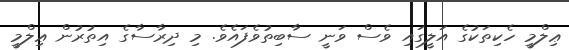
ޢިލްމީ ހެކިތަކުގެ އަލީގައި ވެސް ވަނީ ސާބިތުވެފައެވެ. މި ދިރާސާގެ އިތުރުން ޢިލްމީ